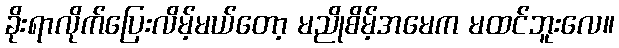
ခိုးရာလိုက်ပြေးလိမ့်မယ်တော့ မညိုစိမ့်အမေက မထင်ဘူးလေ။